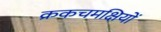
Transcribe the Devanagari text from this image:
क्रकचमक्षियों